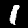
Label: 1